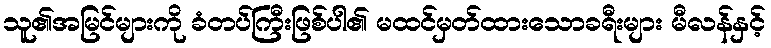
သူ၏အမြင်များကို ခံတပ်ကြီးဖြစ်ပါ၏ မထင်မှတ်ထားသောခရီးများ မီလန်နှင့်